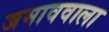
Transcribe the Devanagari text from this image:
जमाववाला